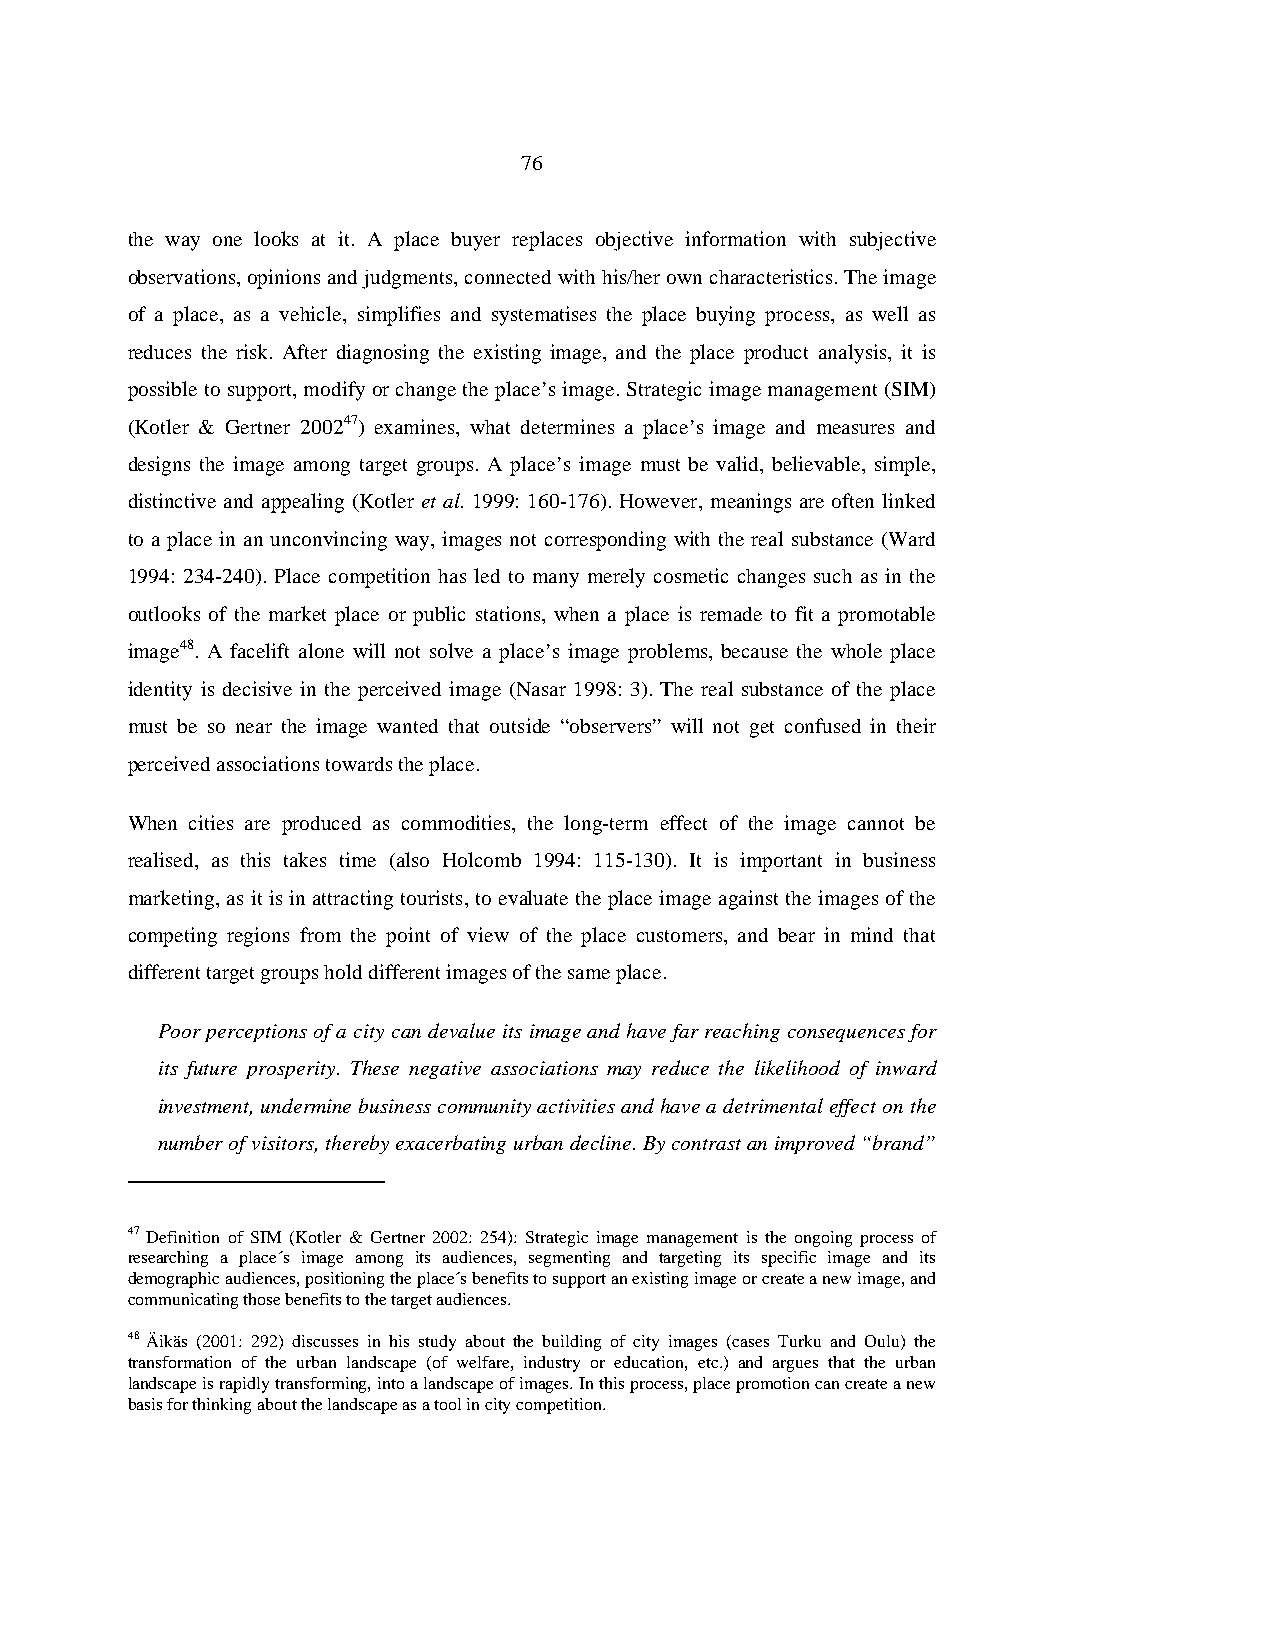
76
 the way one looks at it. A place buyer replaces objective information with subjective
 observations, opinions and judgments, connected with his/her own characteristics. The image
 of a place, as a vehicle, simplifies and systematises the place buying process, as well as
 reduces the risk. After diagnosing the existing image, and the place product analysis, it is
 possible to support, modify or change the place’s image. Strategic image management (SIM)
 (Kotler & Gertner 200247) examines, what determines a place’s image and measures and
 designs the image among target groups. A place’s image must be valid, believable, simple,
 distinctive and appealing (Kotler et al. 1999: 160-176). However, meanings are often linked
 to a place in an unconvincing way, images not corresponding with the real substance (Ward
 1994: 234-240). Place competition has led to many merely cosmetic changes such as in the
 outlooks of the market place or public stations, when a place is remade to fit a promotable
 image48. A facelift alone will not solve a place’s image problems, because the whole place
 identity is decisive in the perceived image (Nasar 1998: 3). The real substance of the place
 must be so near the image wanted that outside “observers” will not get confused in their
 perceived associations towards the place.
 When cities are produced as commodities, the long-term effect of the image cannot be
 realised, as this takes time (also Holcomb 1994: 115-130). It is important in business
 marketing, as it is in attracting tourists, to evaluate the place image against the images of the
 competing regions from the point of view of the place customers, and bear in mind that
 different target groups hold different images of the same place.
 Poor perceptions of a city can devalue its image and have far reaching consequences for
 its future prosperity. These negative associations may reduce the likelihood of inward
 investment, undermine business community activities and have a detrimental effect on the
 number of visitors, thereby exacerbating urban decline. By contrast an improved “brand”
 47 Definition of SIM (Kotler & Gertner 2002: 254): Strategic image management is the ongoing process of
 researching a place´s image among its audiences, segmenting and targeting its specific image and its
 demographic audiences, positioning the place´s benefits to support an existing image or create a new image, and
 communicating those benefits to the target audiences.
 48 Äikäs (2001: 292) discusses in his study about the building of city images (cases Turku and Oulu) the
 transformation of the urban landscape (of welfare, industry or education, etc.) and argues that the urban
 landscape is rapidly transforming, into a landscape of images. In this process, place promotion can create a new
 basis for thinking about the landscape as a tool in city competition.